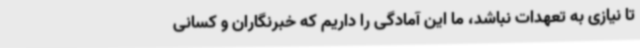
تا نیازی به تعهدات نباشد، ما این آمادگی را داریم که خبرنگاران و کسانی